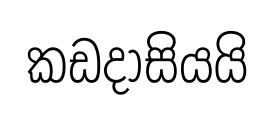
කඩදාසියයි